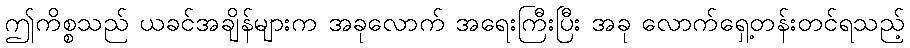
ဤကိစ္စသည် ယခင်အချိန်များက အခုလောက် အရေးကြီးပြီး အခု လောက်ရှေ့တန်းတင်ရသည့်